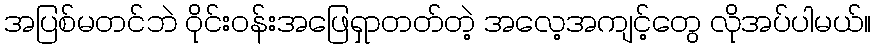
အပြစ်မတင်ဘဲ ဝိုင်းဝန်းအဖြေရှာတတ်တဲ့ အလေ့အကျင့်တွေ လိုအပ်ပါမယ်။